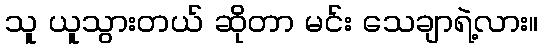
သူ ယူသွားတယ် ဆိုတာ မင်း သေချာရဲ့လား။